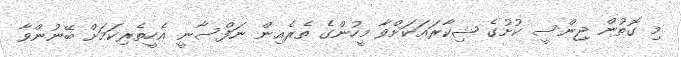
މި ގޮތުން ޖިންސީ ކުށުގެ ޝިކާރައަކަށްވާ މީހުންގެ ތެރެއިން ނަފްސާނީ އެހީތެރިކަމަށް ބޭނުންވާ